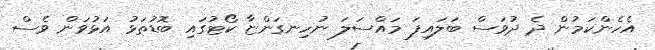
އެހެންކަމުން ދެ ދުވަސް ބަލައިފަ މައްސަލަ ނުހިނގަންޏާ ކޯޓުގައި ބޮޑުތަޅު އަޅުވަން ވެސް